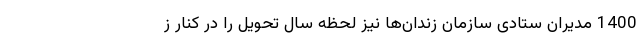
1400 مدیران ستادی سازمان زندان‌ها نیز لحظه سال تحویل را در کنار ز